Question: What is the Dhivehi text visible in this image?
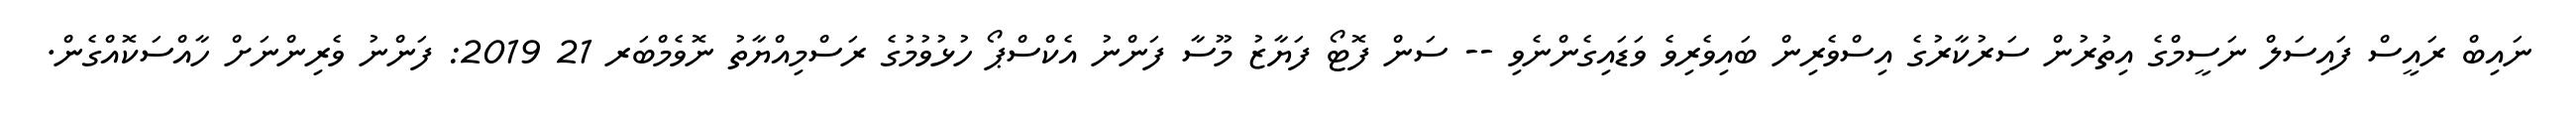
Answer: ނައިބް ރައީސް ފައިސަލް ނަސީމްގެ އިތުރުން ސަރުކާރުގެ އިސްވެރިން ބައިވެރިވެ ވަޑައިގެންނެވި -- ސަން ފޮޓޯ ފަޔާޒު މޫސާ ފަންނު އެކްސްޕޯ ހުޅުވުމުގެ ރަސްމިއްޔާތު ނޮވެމްބަރ 21 2019: ފަންނު ވެރިންނަށް ހާއްސަކޮއްގެން.